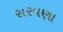
સરવણા